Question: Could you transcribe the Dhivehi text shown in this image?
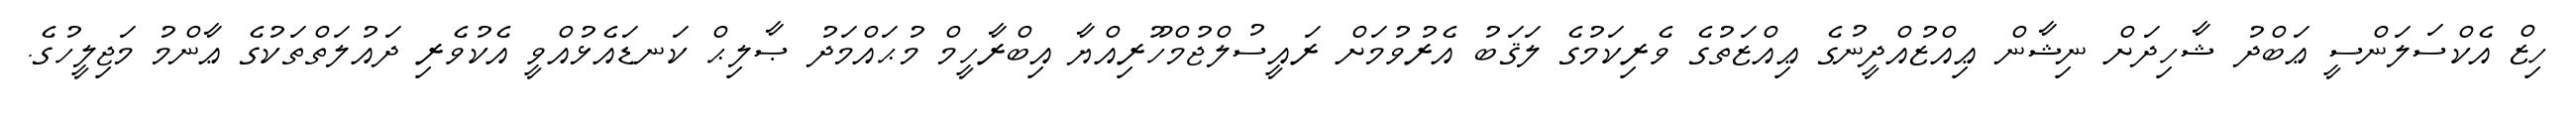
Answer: ހިޒް އެކްސަލަންސީ ޢަބްދު ޝާހިދަށް ނިޝާން ޢިއްޒުއްދީނުގެ ޢިއްޒަތުގެ ވެރިކަމުގެ ލަޤަބު އެރުވުމަށް ރައީސުލްޖުމްހޫރިއްޔާ އިބްރާހީމް މުޙައްމަދު ޞާލިޙް ކަނޑައެޅުއްވީ އެކުވެރި ދައުލަތްތަކުގެ ޢާންމު މަޖިލީހުގެ.